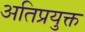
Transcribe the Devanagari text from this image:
अतिप्रयुक्त